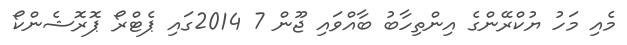
މެއި މަހު ޔުކްރޭންގެ އިންތިހާބު ބާއްވައި ޖޫން 7 2014ގައި ޕެޓްރޯ ޕޮރޮޝެންކޯ